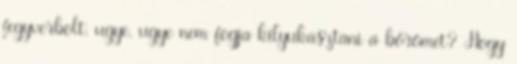
fegyverbolt. ugye. ugye nem fogja kilyukasztani a bőrömet? Hogy